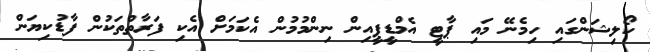
ކޯލިޝަންގައި ހިމެނޭ މައި ޕާޓީ އެމްޑީޕީއިން ނިންމުމުން އެކަމަށް އެކި ފަރާތްތަކުން ފާޑުކިޔަން